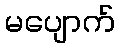
မပျောက်